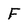
Character: F